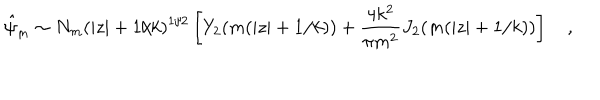
\hat { \psi } _ { m } \sim N _ { m } ( | z | + 1 / k ) ^ { 1 / 2 } \left[ Y _ { 2 } ( m ( | z | + 1 / k ) ) + { \frac { 4 k ^ { 2 } } { \pi m ^ { 2 } } } J _ { 2 } ( m ( | z | + 1 / k ) ) \right] \quad ,